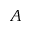
A